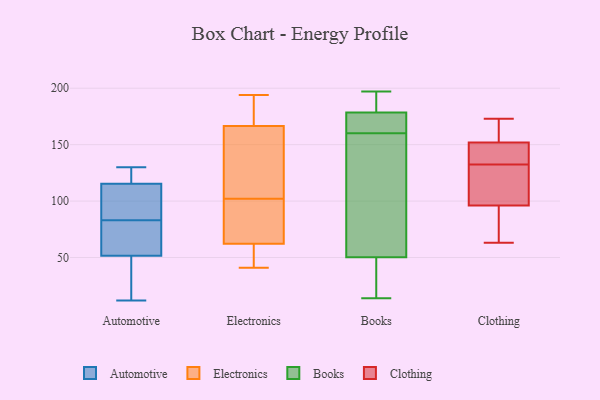
{"axis": {"x": "LTV (USD)", "y": "Value"}, "legend": ["Automotive", "Books", "Clothing", "Electronics"], "data": [{"x": "", "y": 130, "type": "Automotive"}, {"x": "", "y": 115, "type": "Automotive"}, {"x": "", "y": 81, "type": "Automotive"}, {"x": "", "y": 116, "type": "Automotive"}, {"x": "", "y": 80, "type": "Automotive"}, {"x": "", "y": 124, "type": "Automotive"}, {"x": "", "y": 107, "type": "Automotive"}, {"x": "", "y": 14, "type": "Automotive"}, {"x": "", "y": 92, "type": "Automotive"}, {"x": "", "y": 12, "type": "Automotive"}, {"x": "", "y": 47, "type": "Automotive"}, {"x": "", "y": 83, "type": "Automotive"}, {"x": "", "y": 53, "type": "Automotive"}, {"x": "", "y": 60, "type": "Electronics"}, {"x": "", "y": 76, "type": "Electronics"}, {"x": "", "y": 165, "type": "Electronics"}, {"x": "", "y": 102, "type": "Electronics"}, {"x": "", "y": 49, "type": "Electronics"}, {"x": "", "y": 177, "type": "Electronics"}, {"x": "", "y": 194, "type": "Electronics"}, {"x": "", "y": 159, "type": "Electronics"}, {"x": "", "y": 41, "type": "Electronics"}, {"x": "", "y": 63, "type": "Electronics"}, {"x": "", "y": 155, "type": "Electronics"}, {"x": "", "y": 171, "type": "Electronics"}, {"x": "", "y": 102, "type": "Electronics"}, {"x": "", "y": 174, "type": "Books"}, {"x": "", "y": 68, "type": "Books"}, {"x": "", "y": 81, "type": "Books"}, {"x": "", "y": 197, "type": "Books"}, {"x": "", "y": 51, "type": "Books"}, {"x": "", "y": 38, "type": "Books"}, {"x": "", "y": 160, "type": "Books"}, {"x": "", "y": 178, "type": "Books"}, {"x": "", "y": 34, "type": "Books"}, {"x": "", "y": 188, "type": "Books"}, {"x": "", "y": 165, "type": "Books"}, {"x": "", "y": 116, "type": "Books"}, {"x": "", "y": 180, "type": "Books"}, {"x": "", "y": 176, "type": "Books"}, {"x": "", "y": 48, "type": "Books"}, {"x": "", "y": 186, "type": "Books"}, {"x": "", "y": 14, "type": "Books"}, {"x": "", "y": 168, "type": "Clothing"}, {"x": "", "y": 152, "type": "Clothing"}, {"x": "", "y": 96, "type": "Clothing"}, {"x": "", "y": 151, "type": "Clothing"}, {"x": "", "y": 134, "type": "Clothing"}, {"x": "", "y": 173, "type": "Clothing"}, {"x": "", "y": 63, "type": "Clothing"}, {"x": "", "y": 85, "type": "Clothing"}, {"x": "", "y": 131, "type": "Clothing"}, {"x": "", "y": 102, "type": "Clothing"}]}